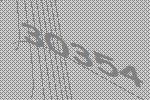
30354